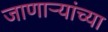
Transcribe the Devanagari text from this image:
जाणार्‍यांच्या